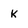
Character: k